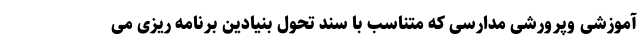
آموزشی وپرورشی مدارسی که متناسب با سند تحول بنیادین برنامه ریزی می